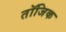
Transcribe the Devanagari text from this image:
तॉजिक